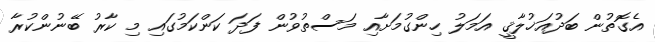
އެގޮތުން ބަދުއަޚުލާޤީ އަމަލު ހިންގުމަށާއި މަސްތުވުން ފަދަ ކަންކަމުގައި މި ކާރު ބޭނުންކުރާ